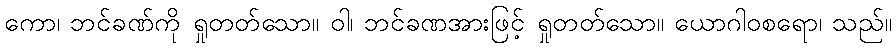
ကော၊ ဘင်ခဏ်ကို ရှုတတ်သော။ ဝါ၊ ဘင်ခဏအားဖြင့် ရှုတတ်သော။ ယောဂါဝစရော၊ သည်။